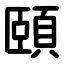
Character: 頤